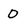
Character: D